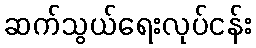
ဆက်သွယ်ရေးလုပ်ငန်း